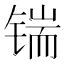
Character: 𰾜